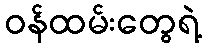
ဝန်ထမ်းတွေရဲ့